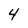
Character: 4